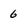
Character: 6